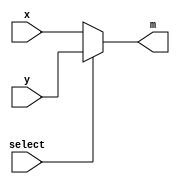
module mux2to1_1bit(
	input wire x,
	input wire y,
	input wire select,
	output m
);
assign m = select ? y : x;
endmodule